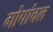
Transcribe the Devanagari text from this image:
गोपांचल